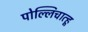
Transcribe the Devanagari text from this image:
पोल्लिचात्हू